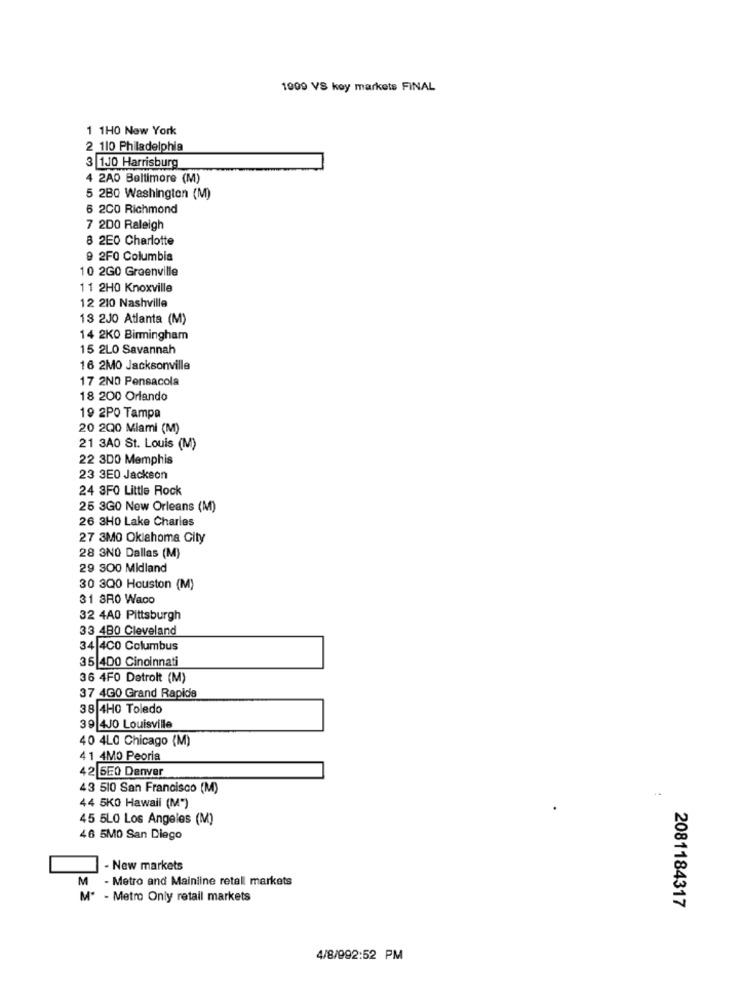
1909 VS koy markets FINAL
1 1H0 New York
2 110 Philadelphia
3 1J0 Harrisburg
4 2A0 Baltimore (M)
5 280 Washington (M)
6 2CO Richmond
7 200 Raleigh
8 2E0 Charlotte
9 2FO Columbia
10 2GO Greenville
11 2H0 Knoxville
12 210 Nashville
13 2J0 Atlanta (M)
14 2KO Birmingham
15 2LO Savannah
16 2MO Jacksonville
17 2ND Pensacola
18 200 Orlando
19 2PO Tampa
20 200 Miami (M)
21 3A0 St. Louis (M)
22 3DO Memphis
23 3E0 Jackson
24 3FO Little Rock
25 3G0 New Orleans (M)
26 3H0 Lake Charles
27 3M0 Oklahoma City
28 3NO Dallas (M)
29 300 Midland
30 300 Houston (M)
31 BRO Waoo
32 4A0 Pittsburgh
33 480 Cleveland
34 4CO Columbus
35 400 Cincinnati
36 4FO Detrolt (M)
37 4GO Grand Rapids
38 4H0 Toledo
39 4J0 Louisville
40 4LC Chicago (M)
41 4MO Peoria
42 5E0 Denver
43 510 San Francisco (M)
44 5KO Hawall (M*)
45 5LO Los Angeles (M)
46 5MO San Diego
- New markets
M
- Metro and Mainline retall markets
M" - Metro Only retail markets
2081184317
4/8/992:52 PM